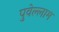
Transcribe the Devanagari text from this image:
पुवेल्लाम